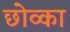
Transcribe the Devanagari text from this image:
छोव्का